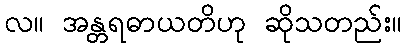
လ။ အန္တရဓာယတိဟု ဆိုသတည်း။